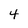
Character: 4